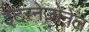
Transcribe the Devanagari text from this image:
इंटरनेजोनेल